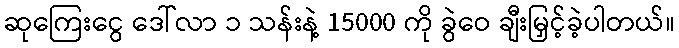
ဆုကြေးငွေ ဒေါ်လာ ၁ သန်းနဲ့ 15000 ကို ခွဲဝေ ချီးမြှင့်ခဲ့ပါတယ်။